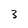
Character: 3